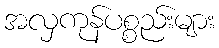
အလှကုန်ပစ္စည်းများ